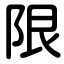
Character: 限